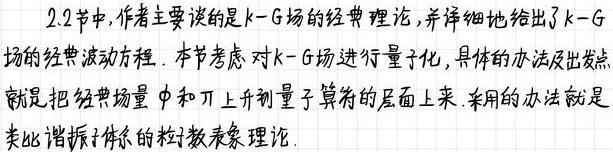
2.2节中,作者主要谈的是$k - G$场的经典理论,并详细地给出了$k - G$场的经典波动方程. 本节考虑对$k - G$场进行量子化,具体的办法及出发点就是把经典场量$\phi$和$\pi$上升到量子算符的层面上来. 采用的办法就是类比谐振子体系的粒数表象理论.